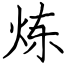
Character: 炼